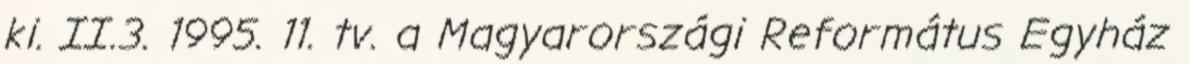
ki. II.3. 1995. 11. tv. a Magyarországi Református Egyház